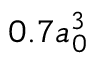
0 . 7 a _ { 0 } ^ { 3 }